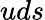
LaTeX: uds